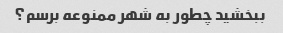
ببخشید چطور به شهر ممنوعه برسم؟